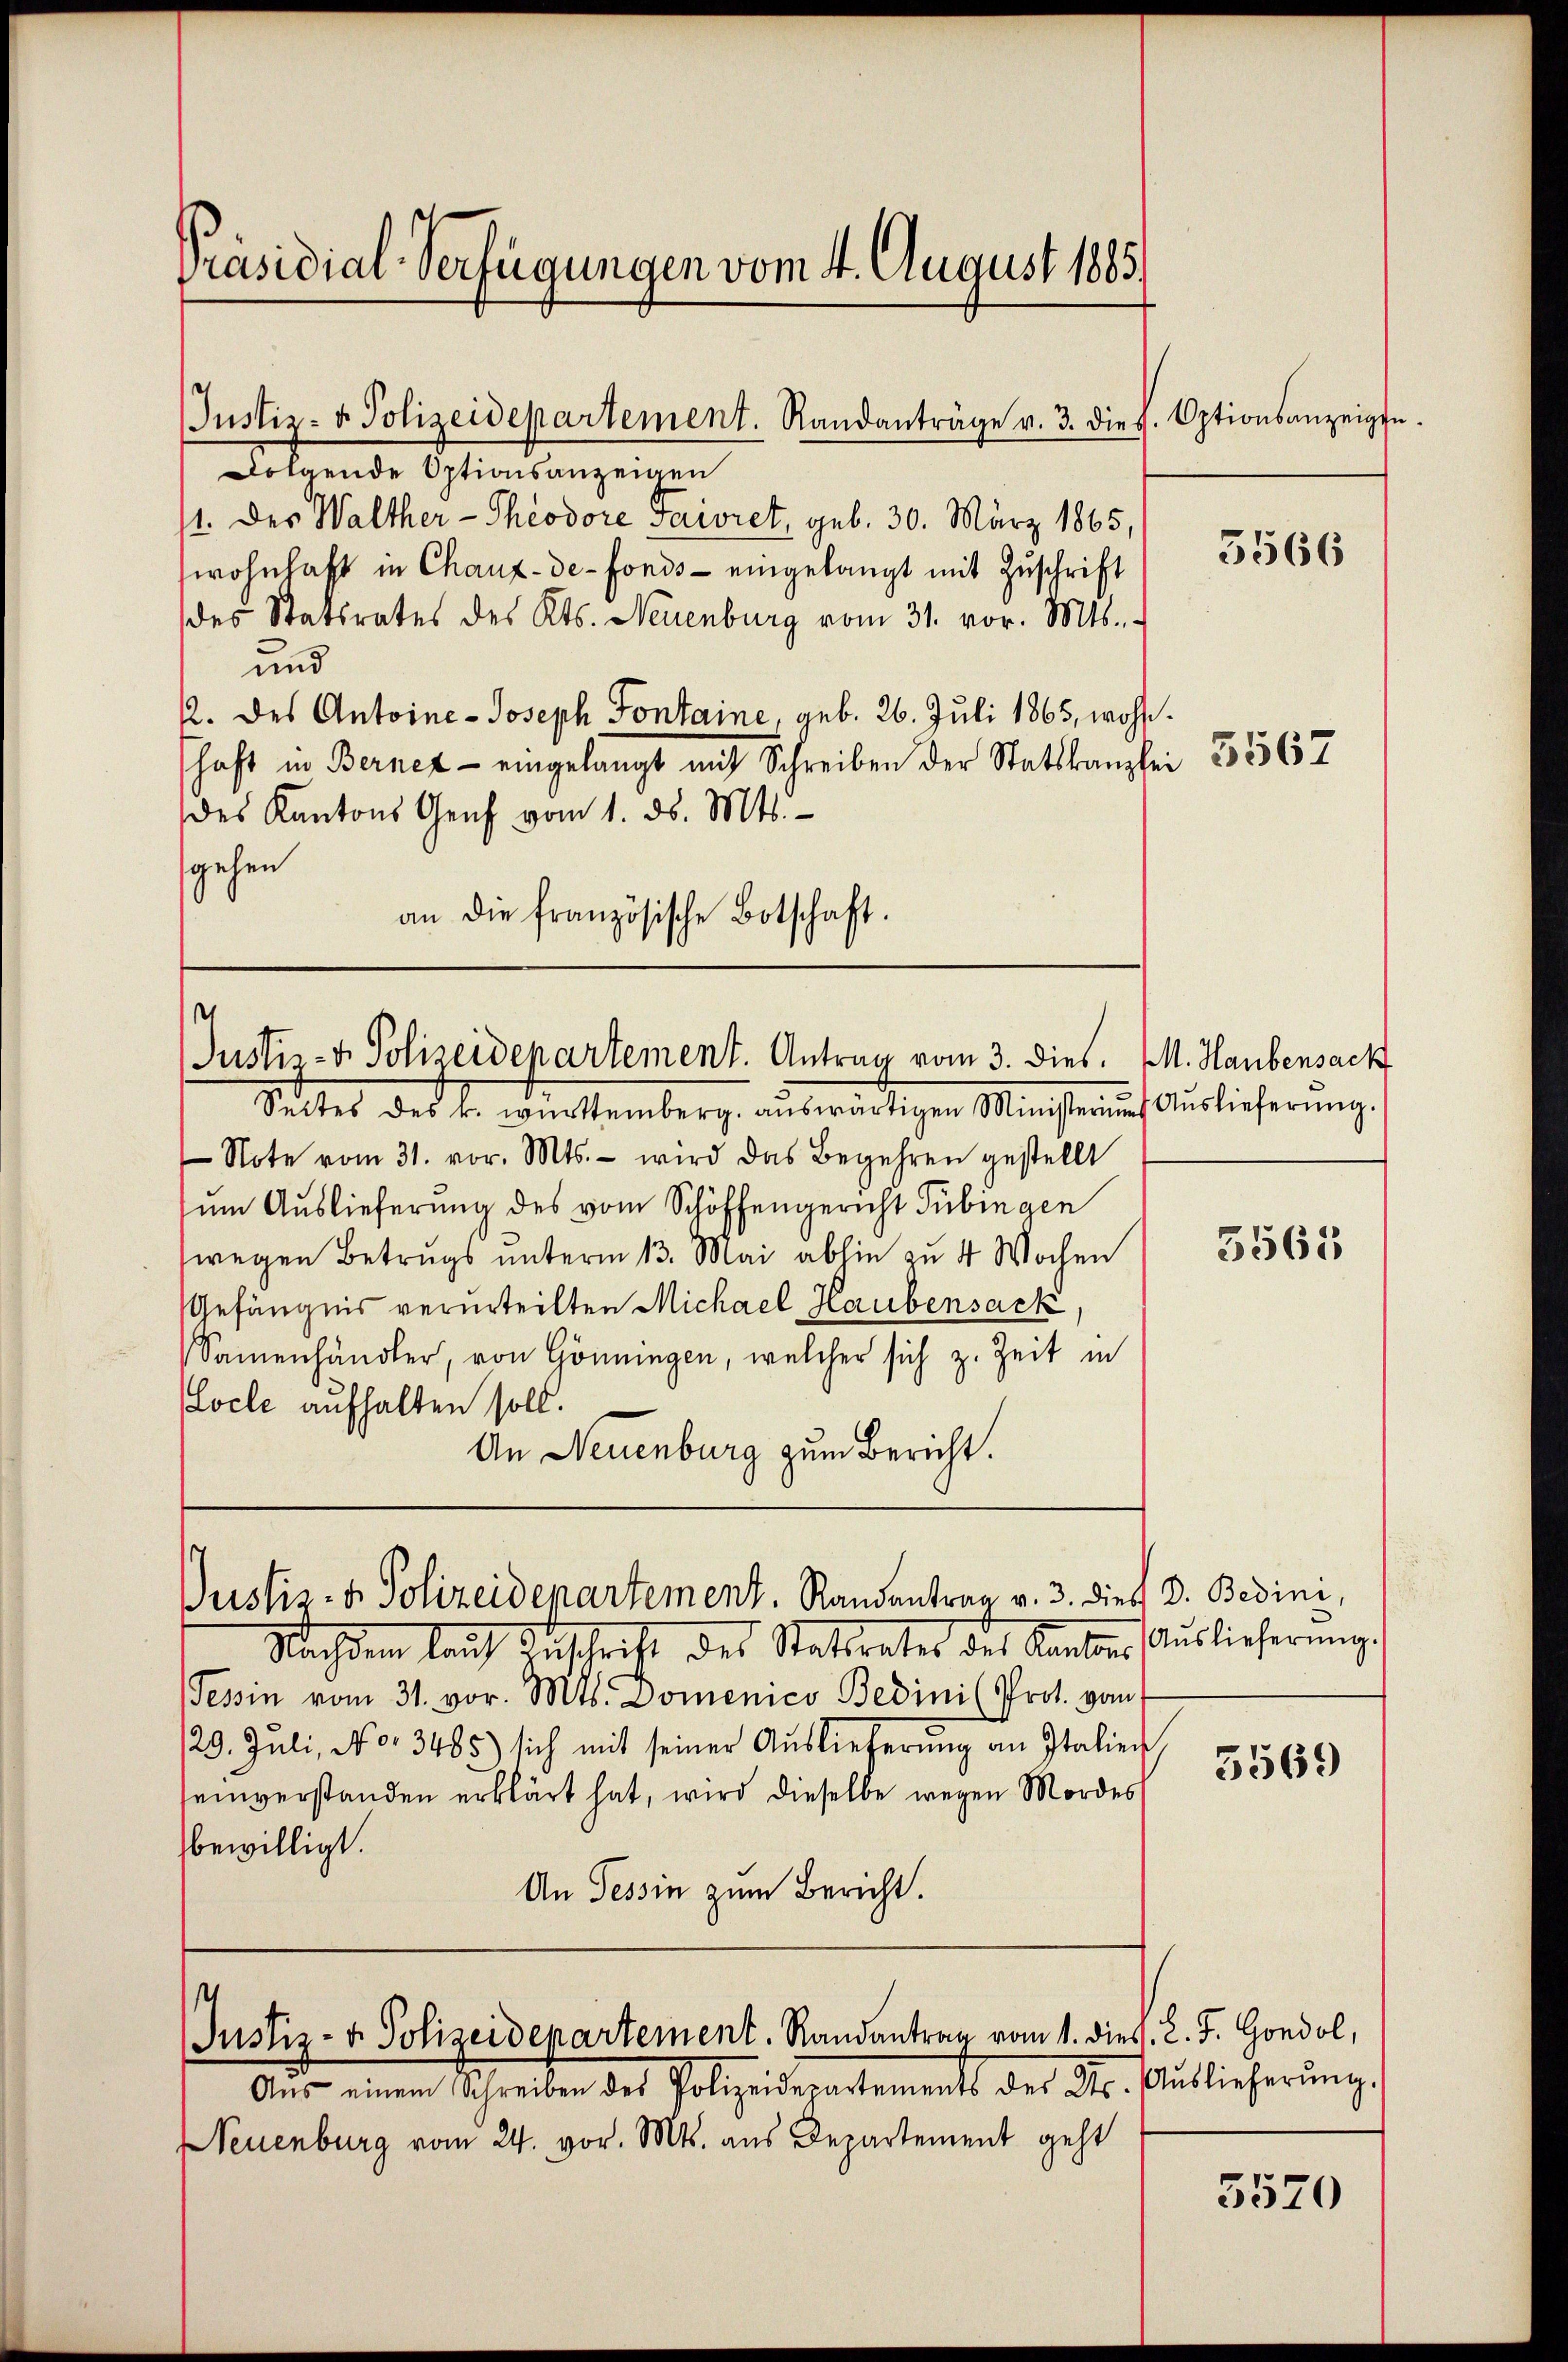
Präsidial-Verfügungen vom 4. August 1885

Folgende Optionsanzeigen
/1. des Walther-Theodore Faivret, geb. 30. März 1865,
wohnhaft in Chaux-de-Fonds - eingelangt mit Zuschrift
des Statsrates des Kts. Neuenburg vom 31. vor. Mts.
und
k. des Antoine-Joseph Fontaine geb. 26. Juli 1865, wohlhaft in Bernet - eingelangt mit Schreiben der Statskanzlei 3567
des Kantons Genf vom 1. d. Mts.
gehen
an die französische Botschaft.

Justiz- & Polizeidepartement. Randanträge v. 3. dies. Optionsanzeigte.

Justiz- & Polizeidepartement. Antrag vom 3. dies. M. Haubensach

Justiz- & Polizeidepartement. Randantrag v. 3. dies d. Bedini,

Justiz- & Polizeidepartement. Randantrag vom 1. dies. L. F. Gondol,

Seites des k. württemberg. aŭswärtigen Ministeriums Auslieferung.
Note vom 31. vor. Mts. - wird das Begehren gestellt
um Auslieferung des vom Schöffengericht Tübingen
wegen Betrugs unterm 13. Mai abhin zu 4 Wochen
Gefängnis verurteilten Michael Haubensack,
Samenhändler, von Gönningen, welcher sich z. Zeit in
Locle aufhalten soll.
An Neuenburg zum Bericht.

Aus einem Schreiben des Polizeiderartements der Dr. Auslieferŭng.
Neuenburg vom 24. vor. Mts. aus Departement geht

Nachdem lauf Zuschrift des Stattrates des Kanten Auslieferung.
Tessin vom 31. vor. Mts. Domenico Bedini (Prot. vom 1
129. Juli, No. 3485) sich mit seiner Auslieferŭng an Italier
seinverstanden erklärt hat, wird dieselbe wegen Mordes
bewilligt.
An Tessin zum Bericht.

3566

5561

5569

3520